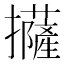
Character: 𢹵